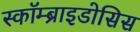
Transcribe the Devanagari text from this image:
स्कॉम्ब्राइडोसिस